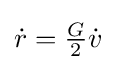
{\textstyle {\dot {r}}={\frac {G}{2}}{\dot {v}}}